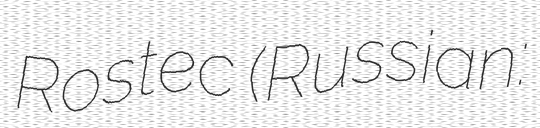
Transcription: Rostec (Russian: